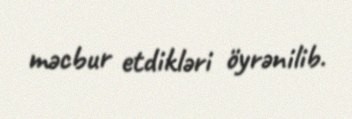
məcbur etdikləri öyrənilib.